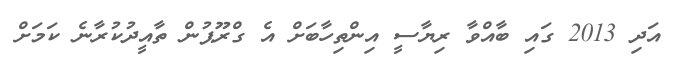
އަދި 2013 ގައި ބާއްވާ ރިޔާސީ އިންތިހާބަށް އެ ގްރޫޕުން ތާއީދުކުރާނެ ކަމަށް